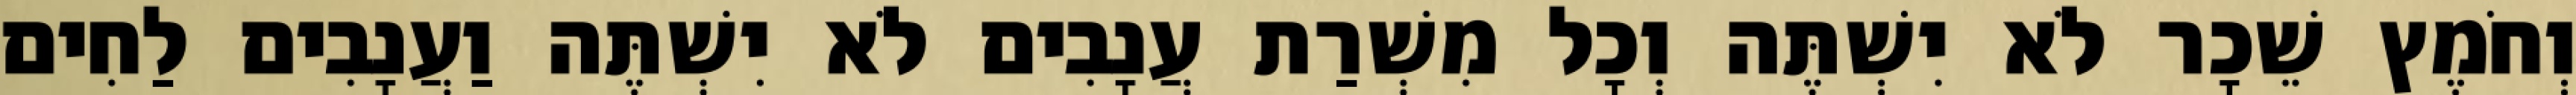
וְחֹמֶץ שֵׁכָר לֹא יִשְׁתֶּה וְכָל מִשְׁרַת עֲנָבִים לֹא יִשְׁתֶּה וַעֲנָבִים לַחִים